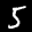
Label: 5